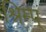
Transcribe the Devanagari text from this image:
श्रिम्प्